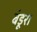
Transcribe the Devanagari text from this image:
बंडूरा